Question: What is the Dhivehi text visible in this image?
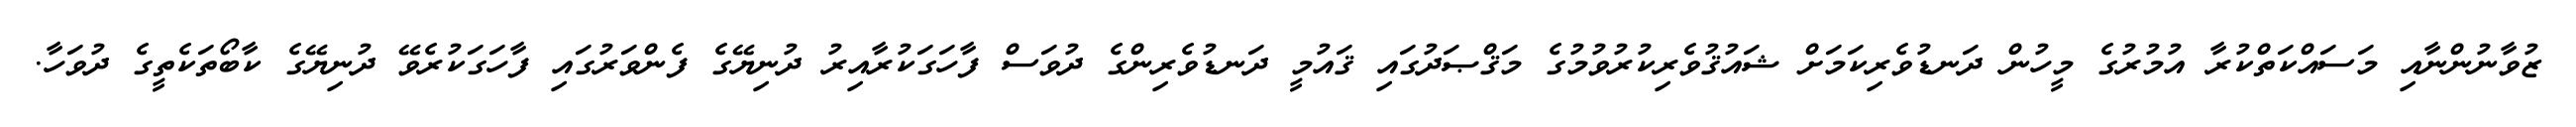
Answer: ޒުވާނުންނާއި މަސައްކަތްކުރާ އުމުރުގެ މީހުން ދަނޑުވެރިކަމަށް ޝައުޤުވެރިކުރުވުމުގެ މަޤްޞަދުގައި ޤައުމީ ދަނޑުވެރިންގެ ދުވަސް ފާހަގަކުރާއިރު ދުނިޔޭގެ ފެންވަރުގައި ފާހަގަކުރެވޭ ދުނިޔޭގެ ކާބޯތަކެތީގެ ދުވަހާ.